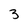
Character: 3